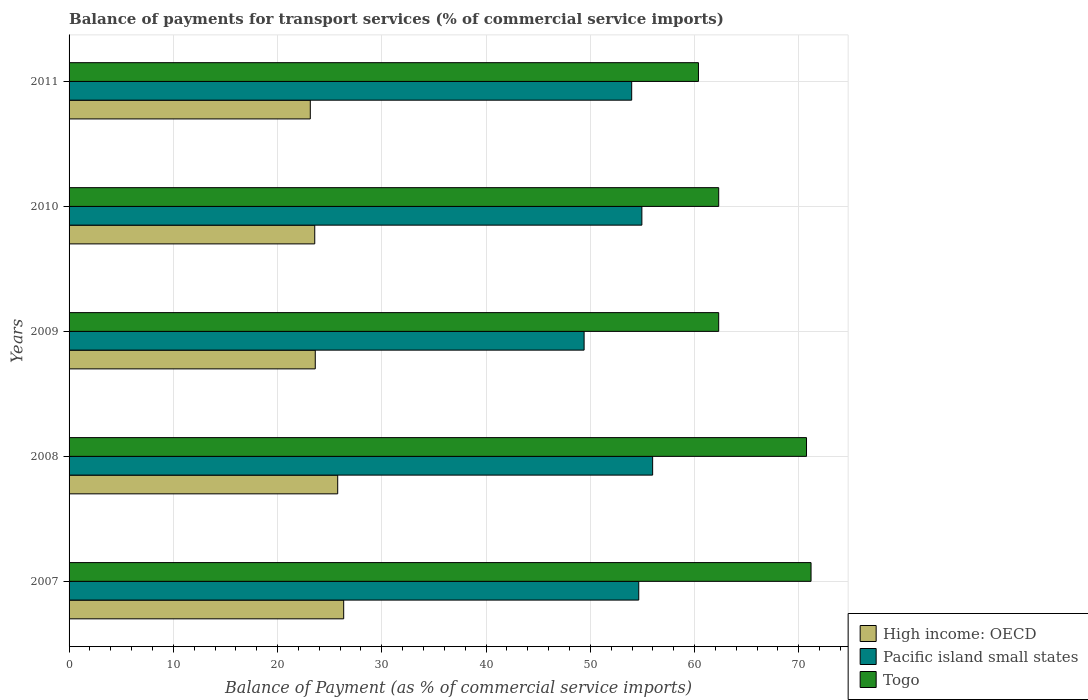
| Years | High income: OECD | Pacific island small states | Togo |
 | --- | --- | --- | --- |
 | 2007 | 26.3 | 54.6 | 71.2 |
 | 2008 | 25.8 | 56 | 70.7 |
 | 2009 | 23.6 | 49.4 | 62.3 |
 | 2010 | 23.6 | 54.9 | 62.3 |
 | 2011 | 23.1 | 54 | 60.4 |